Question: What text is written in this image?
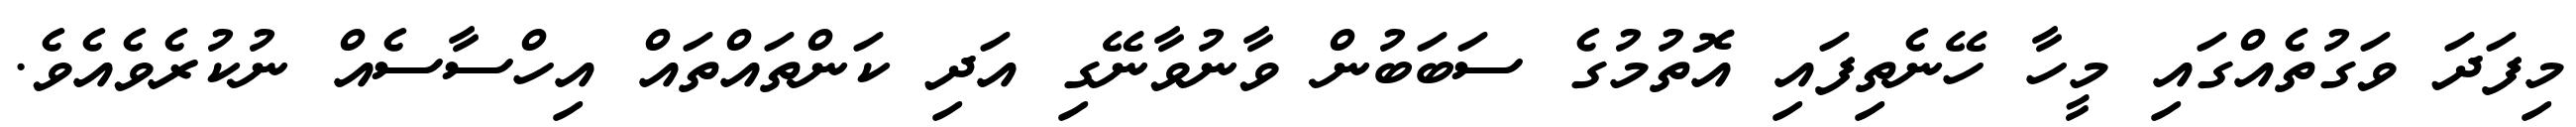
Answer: މިފަދަ ވަގުތެއްގައި މީހާ ހޭނެތިފައި އޮތުމުގެ ސަބަބުން ވާނުވާނޭގި އަދި ކަންތައްތައް އިހްސާސެއް ނުކުރެވެއެވެ.